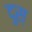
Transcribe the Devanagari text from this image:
दुस्‌